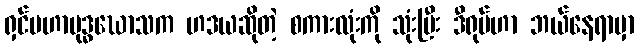
ရှင်မဟာဗုဒ္ဓဃောသက ဟဒယဆိုတဲ့ စကားလုံးကို သုံးပြီး ဒီရုပ်ဟာ ဘယ်နေရာမှာ